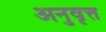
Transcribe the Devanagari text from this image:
अनुवृत्त